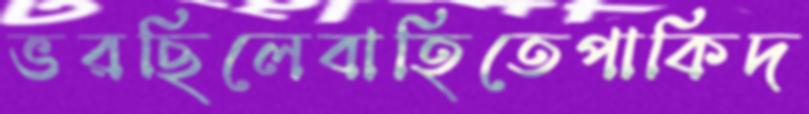
ভরছিলেবাহিতেপাকিদ